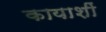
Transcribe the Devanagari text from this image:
कायाशीं